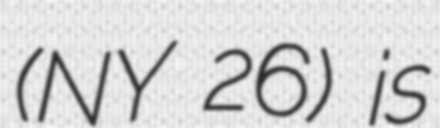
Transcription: (NY 26) is